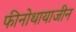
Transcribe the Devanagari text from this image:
फीनोथायाजीन